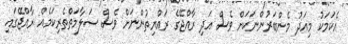
އެކަމަކު މިއަދު މެންބަރުންނަކަށް ވެސް އަދި ރާއްޖޭގެ ރައްޔިތުންނަށް ވެސް ސަލާމަތްތެރިކަމެއް ރާއްޖޭގައި